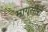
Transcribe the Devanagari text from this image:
मागसीरो